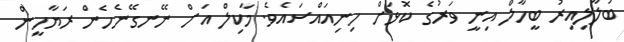
ބަލާލިއިރު ބީހާލް އިނީ ވަރުގެ ކޮޅަށް ހިނިއައްސައެވެ. މާކިލް އަށް ނޭނގޭނެހެން ރަޔާހީން